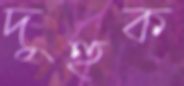
দুহুক